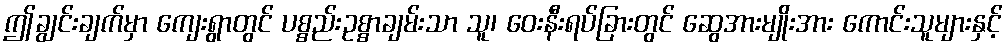
ဤချွင်းချက်မှာ ကျေးရွာတွင် ပစ္စည်းဥစ္စာချမ်းသာ သူ၊ ဝေးနီးရပ်ခြားတွင် ဆွေအားမျိုးအား ကောင်းသူများနှင့်